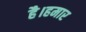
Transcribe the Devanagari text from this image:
है।हमार